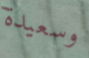
وسعيدة